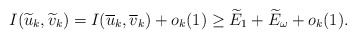
\begin{align*}I(\widetilde{u}_{k},\widetilde{v}_{k})=I(\overline{u}_{k},\overline{v}_{k})+o_{k}(1)\geq \widetilde{E}_{1}+\widetilde{E}_{\omega}+o_{k}(1).\end{align*}